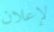
لإعلان